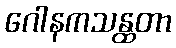
ဂေါနကသန္ထတာ